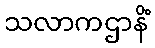
သလာကဌာနိံ